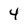
Character: 4